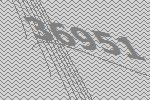
36951